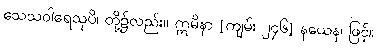
သေသဝါရေသုပိ၊ တို့၌လည်း။ ဣမိနာ [ကျမ်း ၂၄၆] နယေန၊ ဖြင့်။